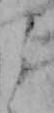
よ